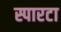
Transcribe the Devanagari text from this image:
स्पारटा